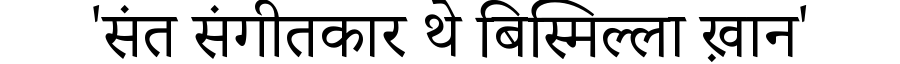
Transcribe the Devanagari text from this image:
'संत संगीतकार थे बिस्मिल्ला ख़ान'